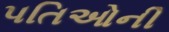
પતિઓની